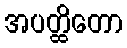
အပတ္ထိတော